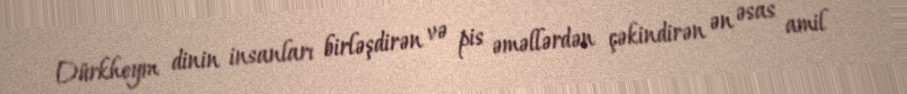
Dürkheym dinin insanları birləşdirən və pis əməllərdən çəkindirən ən əsas amil